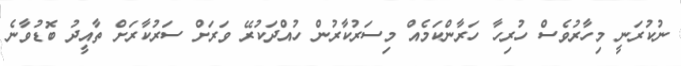
ނުކުރަނީ މިހާރުވެސް ހުރިހާ ހަރާންކަމެއް މިސަރުކާރުން ހުއްދަކުރޭ ވަރަށް ސަރުކާރަށް ތާއީދު ބޮޑުވާނެ